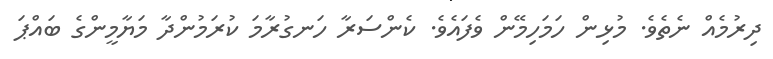
ދިރުމެއް ނެތެވެ. މުޅިން ހަމަހިމޭން ވެފައެވެ. ކެންސަރާ ހަނގުރާމަ ކުރަމުންދާ މަޔާމީންގެ ބައްޕަ